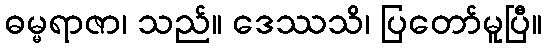
ဓမ္မရာဇာ၊ သည်။ ဒေဿသိ၊ ပြတော်မူပြီ။